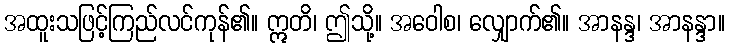
အထူးသဖြင့်ကြည်လင်ကုန်၏။ ဣတိ၊ ဤသို့။ အဝေါစ၊ လျှောက်၏။ အာနန္ဒ၊ အာနန္ဒာ။